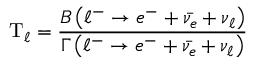
\mathrm { T } _ { \ell } = { \frac { B \left( \ell ^ { - } \rightarrow e ^ { - } + { \bar { \nu _ { e } } } + \nu _ { \ell } \right) } { \Gamma \left( \ell ^ { - } \rightarrow e ^ { - } + { \bar { \nu _ { e } } } + \nu _ { \ell } \right) } }